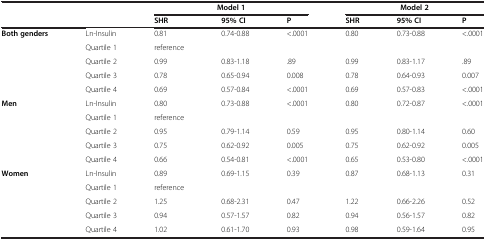
<table><thead><tr><td><b> </b></td><td><b> </b></td><td colspan="3"><b>Model 1</b></td><td colspan="3"><b>Model 2</b></td></tr><tr><td><b> </b></td><td><b> </b></td><td><b>SHR</b></td><td><b>95% CI</b></td><td><b>P</b></td><td><b>SHR</b></td><td><b>95% CI</b></td><td><b>P</b></td></tr></thead><tbody><tr><td rowspan="5"><b>Both genders</b></td><td>Ln-Insulin</td><td>0.81</td><td>0.74-0.88</td><td>&lt;.0001</td><td>0.80</td><td>0.73-0.88</td><td>&lt;.0001</td></tr><tr><td>Quartile 1</td><td>reference</td><td> </td><td> </td><td> </td><td> </td><td> </td></tr><tr><td>Quartile 2</td><td>0.99</td><td>0.83-1.18</td><td>.89</td><td>0.99</td><td>0.83-1.17</td><td>.89</td></tr><tr><td>Quartile 3</td><td>0.78</td><td>0.65-0.94</td><td>0.008</td><td>0.78</td><td>0.64-0.93</td><td>0.007</td></tr><tr><td>Quartile 4</td><td>0.69</td><td>0.57-0.84</td><td>&lt;.0001</td><td>0.69</td><td>0.57-0.83</td><td>&lt;.0001</td></tr><tr><td rowspan="5"><b>Men</b></td><td>Ln-Insulin</td><td>0.80</td><td>0.73-0.88</td><td>&lt;.0001</td><td>0.80</td><td>0.72-0.87</td><td>&lt;.0001</td></tr><tr><td>Quartile 1</td><td>reference</td><td> </td><td> </td><td> </td><td> </td><td> </td></tr><tr><td>Quartile 2</td><td>0.95</td><td>0.79-1.14</td><td>0.59</td><td>0.95</td><td>0.80-1.14</td><td>0.60</td></tr><tr><td>Quartile 3</td><td>0.75</td><td>0.62-0.92</td><td>0.005</td><td>0.75</td><td>0.62-0.92</td><td>0.005</td></tr><tr><td>Quartile 4</td><td>0.66</td><td>0.54-0.81</td><td>&lt;.0001</td><td>0.65</td><td>0.53-0.80</td><td>&lt;.0001</td></tr><tr><td rowspan="5"><b>Women</b></td><td>Ln-Insulin</td><td>0.89</td><td>0.69-1.15</td><td>0.39</td><td>0.87</td><td>0.68-1.13</td><td>0.31</td></tr><tr><td>Quartile 1</td><td>reference</td><td> </td><td> </td><td> </td><td> </td><td> </td></tr><tr><td>Quartile 2</td><td>1.25</td><td>0.68-2.31</td><td>0.47</td><td>1.22</td><td>0.66-2.26</td><td>0.52</td></tr><tr><td>Quartile 3</td><td>0.94</td><td>0.57-1.57</td><td>0.82</td><td>0.94</td><td>0.56-1.57</td><td>0.82</td></tr><tr><td>Quartile 4</td><td>1.02</td><td>0.61-1.70</td><td>0.93</td><td>0.98</td><td>0.59-1.64</td><td>0.95</td></tr></tbody></table>